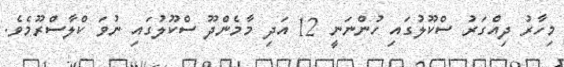
މިހާރު ދިއްގަރު ސްކޫލުގައި ހުންނަނީ 12 އަދި މާމެންދޫ ސްކޫލުގައި ނުވަ ކްލާސްރޫމެވެ.